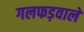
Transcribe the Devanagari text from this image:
गलफड़वाले